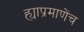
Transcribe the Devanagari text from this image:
ह्याप्रमाणेंच